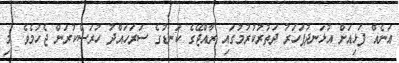
އަނެއް ފަޅިއަށް އުޅަނދުފަހަރު ދަތުރުކުރުމުގައި ރާއްޖޭގެ ކަނޑުގެ ސަރަހައްދު ހުރަސްކުރަން ޖެހުމެވެ. މި